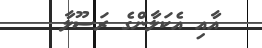
އާއި އެކަލާންގެ ރަސޫލާ